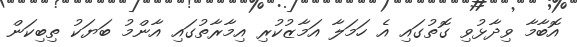
އޮބާމާ ވިދާޅުވި ގޮތުގައި އެ ހަމަލާ އަމާޒުކުރި އިމާރާތުގައި އާންމު ބަޔަކު ތިބިކަން